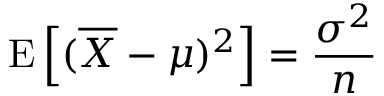
\operatorname { E } \left[ ( { \overline { { X } } } - \mu ) ^ { 2 } \right] = { \frac { \sigma ^ { 2 } } { n } }